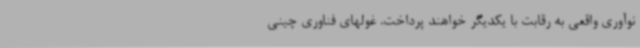
نوآوری واقعی به رقابت با یکدیگر خواهند پرداخت. غولهای فناوری چینی